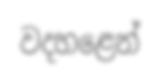
වදහළෙන්